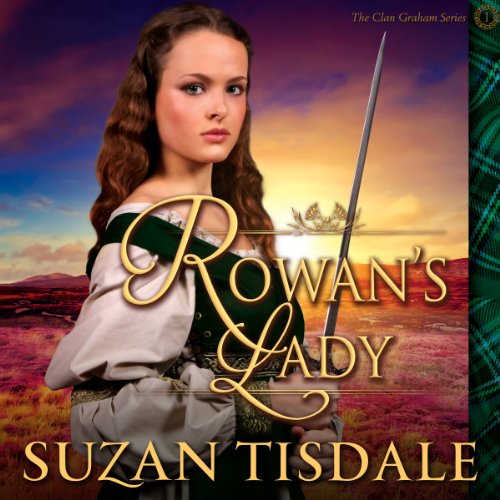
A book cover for Rowan's Lady: Clan Graham, Book 1; Suzan Tisdale; Romance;